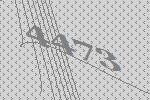
4473